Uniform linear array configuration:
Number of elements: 48
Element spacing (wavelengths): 0.25
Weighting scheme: binomial
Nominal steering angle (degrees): -30
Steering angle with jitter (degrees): -28.287
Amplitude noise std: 0.05
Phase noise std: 0.05

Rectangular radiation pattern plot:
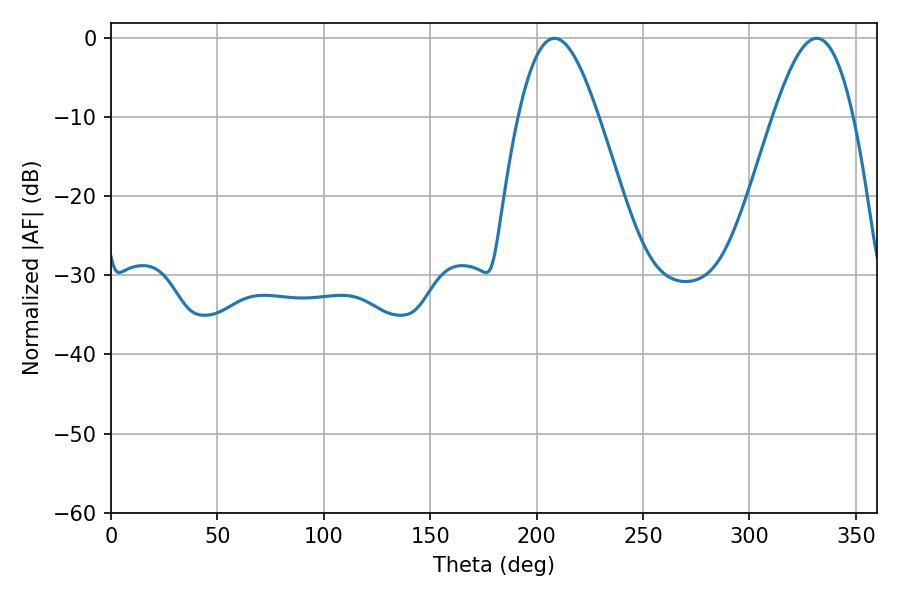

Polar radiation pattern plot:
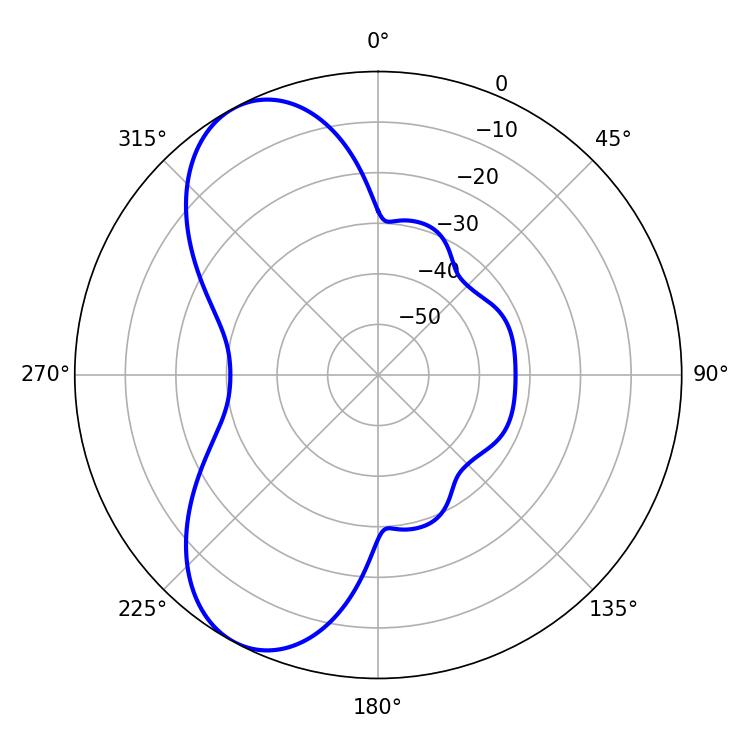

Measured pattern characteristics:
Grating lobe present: FALSE
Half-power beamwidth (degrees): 20.34
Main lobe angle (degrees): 208.44